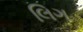
લિગ